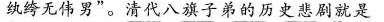
纨绔无伟男”。清代八旗子弟的历史悲剧就是